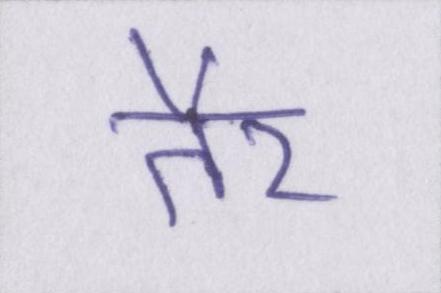
तैर